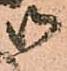
御